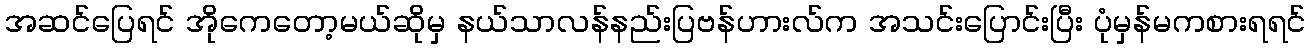
အဆင်ပြေရင် အိုကေတော့မယ်ဆိုမှ နယ်သာလန်နည်းပြဗန်ဟားလ်က အသင်းပြောင်းပြီး ပုံမှန်မကစားရရင်